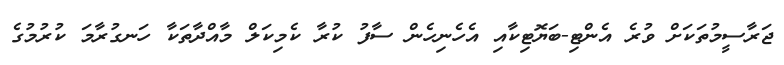
ޖަރާސީމުތަކަށް ވުރެ އެންޓި-ބަޔޮޓިކާއި އެހެނިހެން ސާފު ކުރާ ކެމިކަލް މާއްދާތަކާ ހަނގުރާމަ ކުރުމުގެ